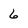
Character: 6